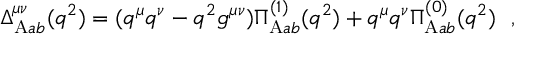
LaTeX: \Delta _ { \mathrm { A } a b } ^ { \mu \nu } ( q ^ { 2 } ) = ( q ^ { \mu } q ^ { \nu } - q ^ { 2 } g ^ { \mu \nu } ) \Pi _ { \mathrm { A } a b } ^ { ( 1 ) } ( q ^ { 2 } ) + q ^ { \mu } q ^ { \nu } \Pi _ { \mathrm { A } a b } ^ { ( 0 ) } ( q ^ { 2 } ) \ \ ,